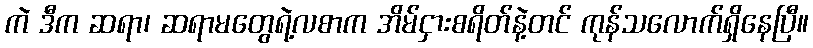
ကဲ ဒီက ဆရာ၊ ဆရာမတွေရဲ့လစာက အိမ်ငှားစရိတ်နဲ့တင် ကုန်သလောက်ရှိနေပြီ။